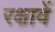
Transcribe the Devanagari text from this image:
रक्षावें